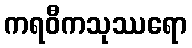
ကရဝီကသုဿရော